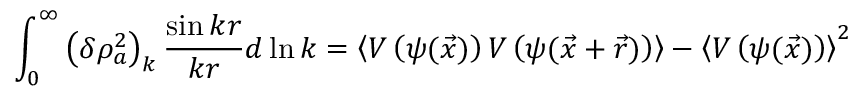
\int _ { 0 } ^ { \infty } \left( \delta \rho _ { a } ^ { 2 } \right) _ { k } \frac { \sin { k r } } { k r } d \ln k = \left\langle V \left( \psi ( \vec { x } ) \right) V \left( \psi ( \vec { x } + \vec { r } ) \right) \right\rangle - \left\langle V \left( \psi ( \vec { x } ) \right) \right\rangle ^ { 2 }